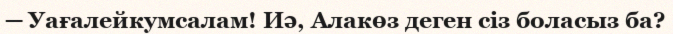
─ Уағалейкумсалам! Иә, Алакөз деген сіз боласыз ба?